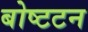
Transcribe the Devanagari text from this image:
बोष्टटन